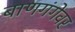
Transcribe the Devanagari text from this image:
बाणगंगेवर